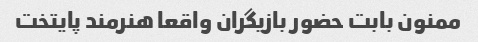
ممنون بابت حضور بازیگران واقعا هنرمند پایتخت